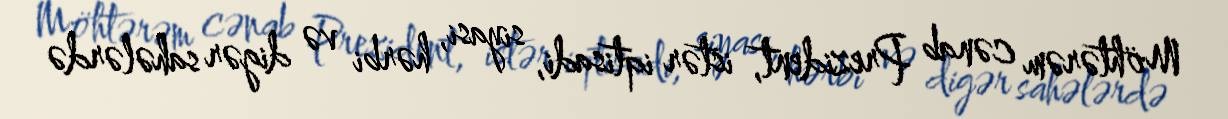
Möhtərəm cənab Prezident, istər iqtisadi, siyasi, hərbi və digər sahələrdə